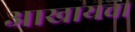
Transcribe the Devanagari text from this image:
आखायचा